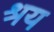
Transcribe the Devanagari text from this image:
श्रय